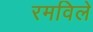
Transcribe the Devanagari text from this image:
रमविले